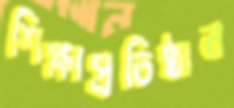
শিক্ষাপ্রতিষ্ঠান